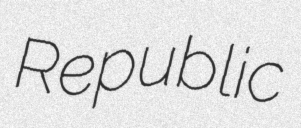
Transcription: Republic